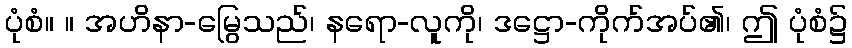
ပုံစံ။ ။ အဟိနာ-မြွေသည်၊ နရော-လူကို၊ ဒဋ္ဌော-ကိုက်အပ်၏၊ ဤ ပုံစံ၌